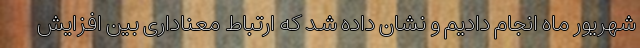
شهریور ماه انجام دادیم و نشان داده شد که ارتباط معناداری بین افزایش